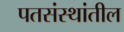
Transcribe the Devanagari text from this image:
पतसंस्थांतील